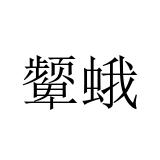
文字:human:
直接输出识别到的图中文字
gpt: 颦蛾